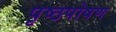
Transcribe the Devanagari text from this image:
पृष्ठपोषण